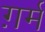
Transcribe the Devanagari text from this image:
ग़र्म